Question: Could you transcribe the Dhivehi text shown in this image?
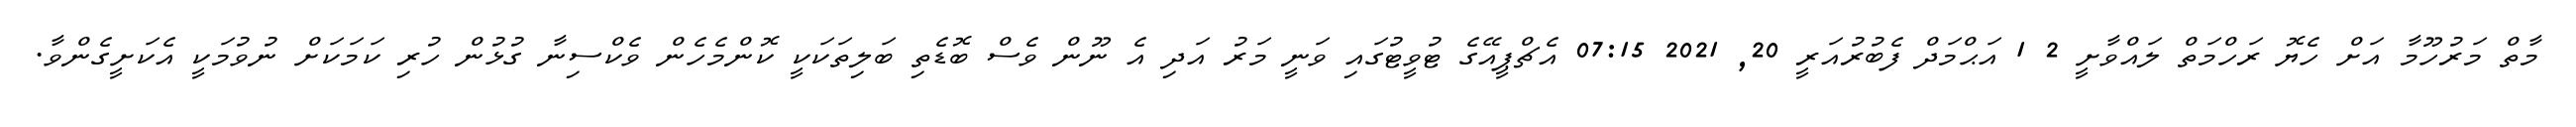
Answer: މާތް މަރުހޫމާ އަށް ހެޔޮ ރަހްމަތް ލައްވާށީ 2 1 އަޙްމަދް ފެބުރުއަރީ 20, 2021 07:15 އެޗްޕީއޭގެ ޓުވީޓުގައި ވަނީ މަރު އަދި އެ ނޫން ވެސް ބޮޑެތި ބަލިތަކަކީ ކޮންމެހެން ވެކްސިނާ ގުޅުން ހުރި ކަމަކަށް ނުވުމަކީ އެކަށީގެންވާ.